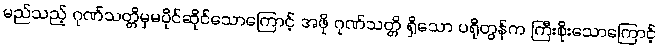
မည်သည့် ဂုဏ်သတ္တိမှမပိုင်ဆိုင်သောကြောင့် အဖို ဂုဏ်သတ္တိ ရှိသော ပရိုတွန်က ကြီးစိုးသောကြောင့်